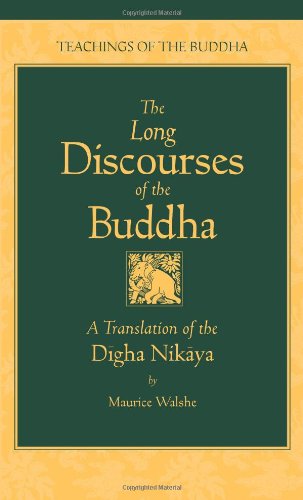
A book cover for The Long Discourses of the Buddha: A Translation of the Digha Nikaya (Teachings of the Buddha); Literature & Fiction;